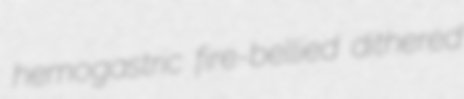
hemogastric fire-bellied dithered